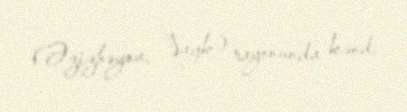
(Əzizbəyov, Vayk) rayonunda kənd.